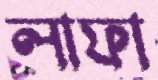
লাফা